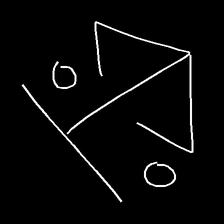
Glyph: earth